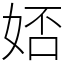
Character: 娝